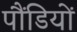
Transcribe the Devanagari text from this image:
पौंडियों